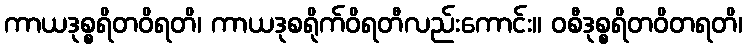
ကာယဒုစ္စရိတဝိရတိ၊ ကာယဒုစရိုက်ဝိရတီလည်းကောင်း။ ဝစီဒုစ္စရိတဝိတရတိ၊